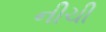
નીચી